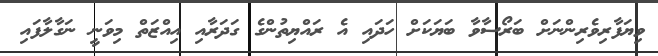
ވިޔަފާރިވެރިންނަށް ބަރޯސާވާ ބަޔަކަށް ހަދައި އެ ރައްޔިތުންގެ ގަދަރާއި އިއްޒަތް މިވަނީ ނަގާލާފައި